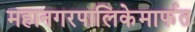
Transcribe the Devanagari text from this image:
महानगरपालिकेमार्फत